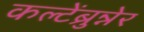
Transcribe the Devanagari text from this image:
कल्टेंब्रुन्नेर